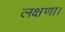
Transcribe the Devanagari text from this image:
लक्षणा।